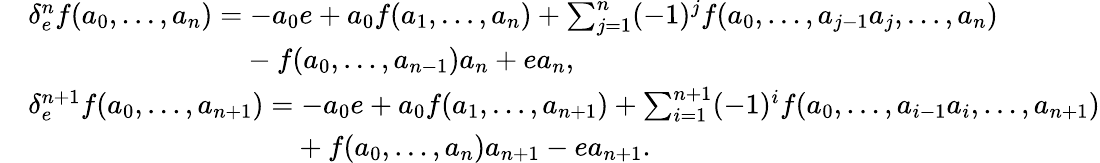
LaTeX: \begin{array}{rl}&{\delta_{e}^{n}f(a_{0},\dots,a_{n})=-a_{0}e+a_{0}f(a_{1},\dots,a_{n})+\sum_{j=1}^{n}(-1)^{j}f(a_{0},\dots,a_{j-1}a_{j},\dots,a_{n})}\\ &{\hphantom{\delta_{e}^{n}f(a_{0},\dots,a_{n})=}-f(a_{0},\dots,a_{n-1})a_{n}+ea_{n},}\\ &{\delta_{e}^{n+1}f(a_{0},\dots,a_{n+1})=-a_{0}e+a_{0}f(a_{1},\dots,a_{n+1})+\sum_{i=1}^{n+1}(-1)^{i}f(a_{0},\dots,a_{i-1}a_{i},\dots,a_{n+1})}\\ &{\hphantom{\delta_{e}^{n+1}f(a_{0},\dots,a_{n+1})=}+f(a_{0},\dots,a_{n})a_{n+1}-ea_{n+1}.}\end{array}